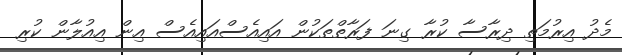
މެދު އިރުމަތި ދިރާސާ ކުރާ ގިނަ ފަރާތްތަކުން އައިއެސްއައިއެސް އިން އިއުލާން ކުރި